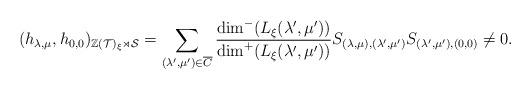
LaTeX: \begin{align*} (h_{\lambda,\mu},h_{0,0})_{\mathbb{Z}(\mathcal{T})_\xi\rtimes \mathcal{S}}=\sum_{(\lambda',\mu')\in \overline{C}}\frac{\dim^-(L_\xi(\lambda',\mu'))}{\dim^+(L_\xi(\lambda',\mu'))}S_{(\lambda,\mu),(\lambda',\mu')}S_{(\lambda',\mu'),(0,0)} \neq 0.\end{align*}